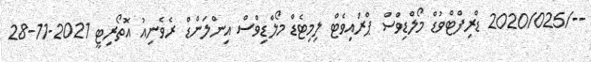
--/2020/025 ޑްރިފްޓްވުޑް މޯލްޑިވްސް ޕްރައިވެޓް ލިމިޓެޑް މޯލްޑިވްސް އިންލަންޑް ރެވެނިއު އޮތޯރިޓީ 2021-11-28